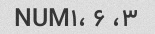
۳، NUM۱، ۶